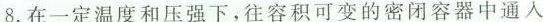
8.在一定温度和压强下，往容积可变的密闭容器中通入